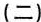
(二)